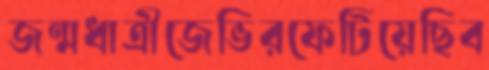
জন্মধাত্রীজেভিরফেটিয়েছিব